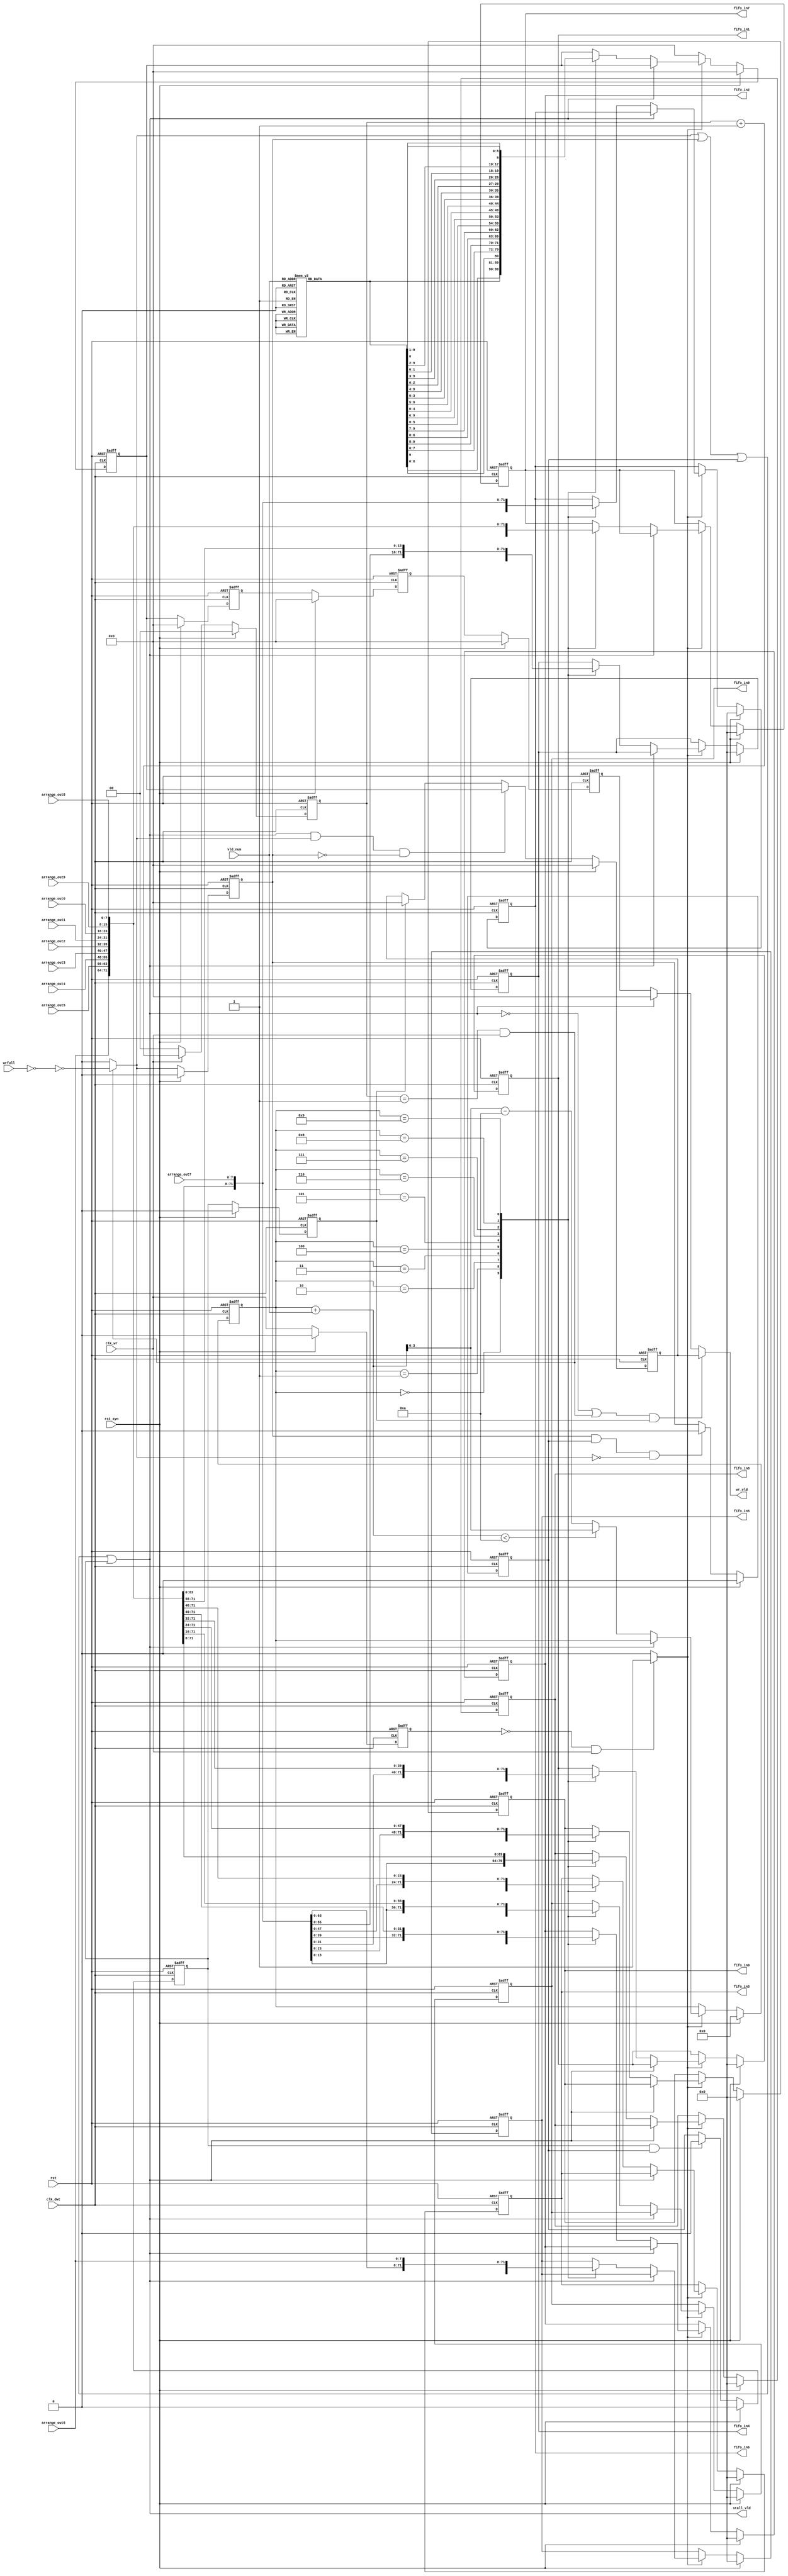
`timescale 1ns/10ps
module write_fifo(//output
                  fifo_in0,
				  fifo_in1,
				  fifo_in2,
				  fifo_in3,
				  fifo_in4,
				  fifo_in5,
				  fifo_in6,
				  fifo_in7,
				  fifo_in8,
				  fifo_in9,
				  wr_vld,
				  stall_vld,
				  //stall_vld_single,
				 
				  
				  //input
				  wrfull,
				  arrange_out0,
				  arrange_out1,
				  arrange_out2,
				  arrange_out3,
				  arrange_out4,
				  arrange_out5,
				  arrange_out6,
				  arrange_out7,
				  arrange_out8,
				  arrange_out9,
				  vld_num,
				  clk_wr,
				  clk_dwt,
				  rst,
				  rst_syn);
				  
	output [7:0] fifo_in0;
	output [7:0] fifo_in1;
	output [7:0] fifo_in2;
	output [7:0] fifo_in3;
	output [7:0] fifo_in4;
	output [7:0] fifo_in5;
	output [7:0] fifo_in6;
	output [7:0] fifo_in7;
	output [7:0] fifo_in8;
	output [7:0] fifo_in9;
	
	output [9:0] wr_vld;
	output  stall_vld;
	
	
	
	input [7:0] arrange_out0;
	input [7:0] arrange_out1;
	input [7:0] arrange_out2;
	input [7:0] arrange_out3;
	input [7:0] arrange_out4;
	input [7:0] arrange_out5;
	input [7:0] arrange_out6;
	input [7:0] arrange_out7;
	input [7:0] arrange_out8;
	input [7:0] arrange_out9;
	//input stall_vld;
	input [9:0] wrfull;
	input [3:0] vld_num;
	input  clk_wr;
	input  clk_dwt;
	input  rst;
	input  rst_syn;

wire clk_sg=clk_wr;
reg clk_sg_reg;
always@(posedge clk_dwt or negedge rst)
	begin
		if(!rst)
			clk_sg_reg<=0;
		else if(rst_syn)
			clk_sg_reg<=0;	
		else 	
			clk_sg_reg<=clk_sg;
	end
wire pos_clk_sg=((clk_sg_reg==1'b0)&&(clk_sg==1'b1))?1'b1:1'b0;
	
	

	
reg [1:0]count_clk_dwt;
	
	wire stall_vld_n_before;
	wire stall_vld_n;
	assign stall_vld_n_before = ~(wrfull == 10'b0);
	//assign stall_vld_n=(count_clk_dwt==2'd3)?stall_vld_n_before:0;
	assign stall_vld_n=((count_clk_dwt==2'd1)&&(clk_sg==1'b1))?stall_vld_n_before:0;

always@(posedge clk_dwt or negedge rst) 
	begin
		if(!rst) 
			count_clk_dwt <= 2'b0;
		else  if(rst_syn)
			count_clk_dwt <= 2'b0;
		else if(clk_sg==1'b0)
			count_clk_dwt <= 2'b0;
		else if(clk_sg==1'b1)
		//else
			count_clk_dwt <= count_clk_dwt + 1 ;
	end 
	
	
reg	stall_vld_reg1;
reg stall_vld_reg2;
reg stall_vld_reg3;
reg stall_vld_reg4;

always@(posedge clk_dwt or negedge rst) 
	begin
		if(!rst) 
			stall_vld_reg1 <= 1'b0;
		else if(rst_syn)
			stall_vld_reg1 <= 1'b0;
		else 
			stall_vld_reg1 <= stall_vld_n;			
	end
always@(posedge clk_dwt or negedge rst) 
	begin
		if(!rst) 
			stall_vld_reg2 <= 1'b0;
		else if(rst_syn)
			stall_vld_reg2 <= 1'b0;
		else if((stall_vld_reg1==1'b1)&&(stall_vld_reg2==1'b1)&&(stall_vld_n==1'b0))
			stall_vld_reg2 <= 1'b0;
		else 
			stall_vld_reg2 <= stall_vld_reg1;	
	end
always@(posedge clk_dwt or negedge rst) 
	begin
		if(!rst) 
			stall_vld_reg3 <= 1'b0;
		else if(rst_syn)
			stall_vld_reg3 <= 1'b0;
		else if((stall_vld_reg3==1'b1)&&(stall_vld_reg2==1'b1))
			stall_vld_reg3 <= 1'b0;
		else 
			stall_vld_reg3 <= stall_vld_reg2;	
	end

always@(posedge clk_dwt or negedge rst) 
	begin
		if(!rst) 
			stall_vld_reg4 <= 1'b0;
		else if(rst_syn)
			stall_vld_reg4 <= 1'b0;
		else
			stall_vld_reg4 <= stall_vld_reg3;
	end
	
	
	
	
wire stall_vld;
assign stall_vld=stall_vld_n||stall_vld_reg1||stall_vld_reg2||stall_vld_reg3;

//wire stall_vld_temp=stall_vld_n||stall_vld_reg1||stall_vld_reg2	;
	
	reg [3:0] start_point;
	wire [3:0] start_point_n;
	
	assign start_point_n = ((start_point+vld_num)<10)? (start_point+vld_num):(start_point+vld_num-10); 
	
	always@(posedge clk_dwt or negedge rst) begin
	    if(!rst) begin
		    start_point <= 0;
		end
		else if(rst_syn)begin
			start_point <= 0;
		end
		//    start_point <= 4'b0;
		//end
		else if(pos_clk_sg==1'b1)begin
			if(stall_vld == 1'b0)begin
				start_point <= start_point_n;
			end
		end
	end
	
	reg [9:0] wr_temp;
	always@(*) begin
	    case(vld_num)
	        1: begin
		        wr_temp = 10'b0000000001;
		    end
			2: begin
			    wr_temp = 10'b0000000011;
			end
			3: begin
		        wr_temp = 10'b0000000111;
		    end
			4: begin
		        wr_temp = 10'b0000001111;
		    end
			5: begin
		        wr_temp = 10'b0000011111;
		    end
			6: begin
		        wr_temp = 10'b0000111111;
		    end
			7: begin
		        wr_temp = 10'b0001111111;
		    end
			8: begin
		        wr_temp = 10'b0011111111;
		    end
			9: begin
		        wr_temp = 10'b0111111111;
		    end
			10: begin
		        wr_temp = 10'b1111111111;
		    end
			default: begin
			    wr_temp = 10'b0000000000;
			end
			endcase
	end
	
	reg [9:0] wr_vldn;
	always@(posedge clk_dwt or negedge rst) begin
	    if(!rst) begin
		    wr_vldn <= 10'b0;
		end
		else if(rst_syn)begin
			wr_vldn <= 10'b0;
		end
//		else if(stall_vld == 1'b1) begin
//		   wr_vld <= 10'b0;
//		end
		else if(pos_clk_sg==1'b1)begin
			if(stall_vld==1'b0)begin
				case(start_point)
					0: begin
						wr_vldn <= wr_temp;
					end
					1: begin
						wr_vldn <= {wr_temp[8:0],wr_temp[9]};
					end
					2: begin
						wr_vldn <= {wr_temp[7:0],wr_temp[9:8]};
					end
					3: begin
						wr_vldn <= {wr_temp[6:0],wr_temp[9:7]};
					end
					4: begin
						wr_vldn <= {wr_temp[5:0],wr_temp[9:6]};
					end
					5: begin
						wr_vldn <= {wr_temp[4:0],wr_temp[9:5]};
					end
					6: begin
						wr_vldn <= {wr_temp[3:0],wr_temp[9:4]};
					end
					7: begin
						wr_vldn <= {wr_temp[2:0],wr_temp[9:3]};
					end
					8: begin
						wr_vldn <= {wr_temp[1:0],wr_temp[9:2]};
					end
					9: begin
						wr_vldn <= {wr_temp[0],wr_temp[9:1]};
					end
				endcase
			end
		end
		else 
			wr_vldn <=10'b0;
	end
	
reg [9:0]wr_vldn_reg1;
reg [9:0]wr_vldn_reg2;
reg [9:0]wr_vldn_reg3;
 //reg [9:0]wr_vldn_reg4;
always@(posedge clk_dwt or negedge rst)	
	begin
		if(!rst) 
			begin
				wr_vldn_reg1 <= 10'b0;
				wr_vldn_reg2 <= 10'b0;
				wr_vldn_reg3 <= 10'b0;
				//wr_vldn_reg4 <= 10'b0;
			end
		else if(rst_syn)
			begin
				wr_vldn_reg1 <= 10'b0;
				wr_vldn_reg2 <= 10'b0;
				wr_vldn_reg3 <= 10'b0;
				//wr_vldn_reg4 <= 10'b0;
			end
		else 
			begin
				wr_vldn_reg1 <= wr_vldn;
				wr_vldn_reg2 <= wr_vldn_reg1;
				wr_vldn_reg3 <= wr_vldn_reg2;
				//wr_vldn_reg4 <= wr_vldn_reg3;				
			end			
	end 
	
	
	reg [9:0] wr_vld;
	//assign wr_vld=(stall_vld==1'b1)? 10'b0:wr_vldn_reg3;
	reg [9:0]wr_vld_temp;
	always@(posedge clk_dwt or negedge rst)
		begin
			if(!rst)
				wr_vld_temp<=0;
			else if(rst_syn)
				wr_vld_temp<=0;				
			else if((stall_vld==1'b1)&&(stall_vld_n==1'b1)&&(stall_vld_reg1==1'b0))
				wr_vld_temp<=wr_vldn;
			else if(stall_vld_reg4==1'b1)
				wr_vld_temp<=0;
		end
	always@(*)
		begin
			//if((stall_vld==1'b0)&&(stall_vld_reg4==1'b1))
			if(((stall_vld==1'b0)||((count_clk_dwt==2'd1)&&(clk_sg==1'b1)))&&(stall_vld_reg4==1'b1))
				wr_vld<=wr_vld_temp;
			else if(stall_vld==1'b0)	
				wr_vld<=wr_vldn_reg3;
			else 
				wr_vld<=0;
		end 
		
    reg [7:0] fifo_in0;
	reg [7:0] fifo_in1;
	reg [7:0] fifo_in2;
	reg [7:0] fifo_in3;
	reg [7:0] fifo_in4;
	reg [7:0] fifo_in5;
	reg [7:0] fifo_in6;
	reg [7:0] fifo_in7;
	reg [7:0] fifo_in8;
	reg [7:0] fifo_in9;
	
	always@(posedge clk_dwt or negedge rst) begin
	    if(!rst) begin
		    fifo_in0 <= 8'b0;
			fifo_in1 <= 8'b0;
			fifo_in2 <= 8'b0;
			fifo_in3 <= 8'b0;
			fifo_in4 <= 8'b0;
			fifo_in5 <= 8'b0;
			fifo_in6 <= 8'b0;
			fifo_in7 <= 8'b0;
			fifo_in8 <= 8'b0;
			fifo_in9 <= 8'b0;
		end
		else if(rst_syn)begin
			fifo_in0 <= 8'b0;
			fifo_in1 <= 8'b0;
			fifo_in2 <= 8'b0;
			fifo_in3 <= 8'b0;
			fifo_in4 <= 8'b0;
			fifo_in5 <= 8'b0;
			fifo_in6 <= 8'b0;
			fifo_in7 <= 8'b0;
			fifo_in8 <= 8'b0;
			fifo_in9 <= 8'b0;	
		end
		else if(pos_clk_sg==1'b1)begin
			if(stall_vld == 1'b0)begin
				case(start_point)
					0: begin
						fifo_in0 <= arrange_out0;
						fifo_in1 <= arrange_out1;
						fifo_in2 <= arrange_out2;
						fifo_in3 <= arrange_out3;
						fifo_in4 <= arrange_out4;
						fifo_in5 <= arrange_out5;
						fifo_in6 <= arrange_out6;
						fifo_in7 <= arrange_out7;
						fifo_in8 <= arrange_out8;
						fifo_in9 <= arrange_out9;
					end	
					1: begin
						fifo_in0 <= arrange_out9;
						fifo_in1 <= arrange_out0;
						fifo_in2 <= arrange_out1;
						fifo_in3 <= arrange_out2;
						fifo_in4 <= arrange_out3;
						fifo_in5 <= arrange_out4;
						fifo_in6 <= arrange_out5;
						fifo_in7 <= arrange_out6;
						fifo_in8 <= arrange_out7;
						fifo_in9 <= arrange_out8;
					end
					2: begin
						fifo_in0 <= arrange_out8;
						fifo_in1 <= arrange_out9;
						fifo_in2 <= arrange_out0;
						fifo_in3 <= arrange_out1;
						fifo_in4 <= arrange_out2;
						fifo_in5 <= arrange_out3;
						fifo_in6 <= arrange_out4;
						fifo_in7 <= arrange_out5;
						fifo_in8 <= arrange_out6;
						fifo_in9 <= arrange_out7;
					end	
					3: begin
						fifo_in0 <= arrange_out7;
						fifo_in1 <= arrange_out8;
						fifo_in2 <= arrange_out9;
						fifo_in3 <= arrange_out0;
						fifo_in4 <= arrange_out1;
						fifo_in5 <= arrange_out2;
						fifo_in6 <= arrange_out3;
						fifo_in7 <= arrange_out4;
						fifo_in8 <= arrange_out5;
						fifo_in9 <= arrange_out6;
					end	
					4: begin
						fifo_in0 <= arrange_out6;
						fifo_in1 <= arrange_out7;
						fifo_in2 <= arrange_out8;
						fifo_in3 <= arrange_out9;
						fifo_in4 <= arrange_out0;
						fifo_in5 <= arrange_out1;
						fifo_in6 <= arrange_out2;
						fifo_in7 <= arrange_out3;
						fifo_in8 <= arrange_out4;
						fifo_in9 <= arrange_out5;
					end	
					5: begin
						fifo_in0 <= arrange_out5;
						fifo_in1 <= arrange_out6;
						fifo_in2 <= arrange_out7;
						fifo_in3 <= arrange_out8;
						fifo_in4 <= arrange_out9;
						fifo_in5 <= arrange_out0;
						fifo_in6 <= arrange_out1;
						fifo_in7 <= arrange_out2;
						fifo_in8 <= arrange_out3;
						fifo_in9 <= arrange_out4;
					end	
					6: begin
						fifo_in0 <= arrange_out4;
						fifo_in1 <= arrange_out5;
						fifo_in2 <= arrange_out6;
						fifo_in3 <= arrange_out7;
						fifo_in4 <= arrange_out8;
						fifo_in5 <= arrange_out9;
						fifo_in6 <= arrange_out0;
						fifo_in7 <= arrange_out1;
						fifo_in8 <= arrange_out2;
						fifo_in9 <= arrange_out3;
					end	
					7: begin
						fifo_in0 <= arrange_out3;
						fifo_in1 <= arrange_out4;
						fifo_in2 <= arrange_out5;
						fifo_in3 <= arrange_out6;
						fifo_in4 <= arrange_out7;
						fifo_in5 <= arrange_out8;
						fifo_in6 <= arrange_out9;
						fifo_in7 <= arrange_out0;
						fifo_in8 <= arrange_out1;
						fifo_in9 <= arrange_out2;
					end	
					8: begin
						fifo_in0 <= arrange_out2;
						fifo_in1 <= arrange_out3;
						fifo_in2 <= arrange_out4;
						fifo_in3 <= arrange_out5;
						fifo_in4 <= arrange_out6;
						fifo_in5 <= arrange_out7;
						fifo_in6 <= arrange_out8;
						fifo_in7 <= arrange_out9;
						fifo_in8 <= arrange_out0;
						fifo_in9 <= arrange_out1;
					end	
					9: begin
						fifo_in0 <= arrange_out1;
						fifo_in1 <= arrange_out2;
						fifo_in2 <= arrange_out3;
						fifo_in3 <= arrange_out4;
						fifo_in4 <= arrange_out5;
						fifo_in5 <= arrange_out6;
						fifo_in6 <= arrange_out7;
						fifo_in7 <= arrange_out8;
						fifo_in8 <= arrange_out9;
						fifo_in9 <= arrange_out0;
					end	
				endcase
			end
		end
	end	
	
	

	
	
endmodule